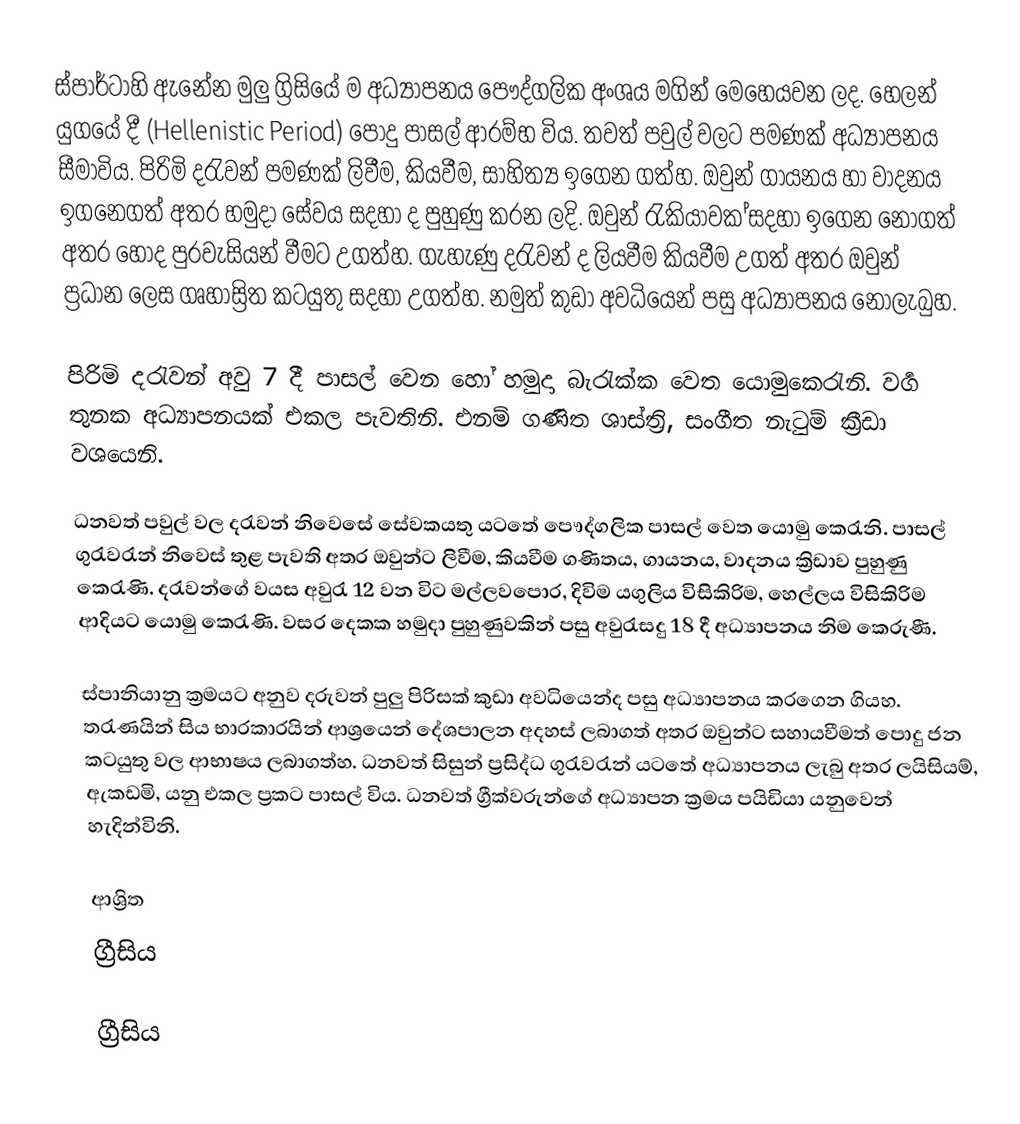
ස්පාර්ටාහි ඇනේන මුලු ග්‍රිසියේ ම අධ්‍යාපනය පෞද්ගලික අංශය මගින් මෙහෙයවන ලද. හෙලන් යුගයේ දී (Hellenistic Period) පොදු පාසල් ආරම්භ විය. තවත් පවුල් වලට පමණක් අධ්‍යාපනය සීමාවිය. පිරිමි දරැවන් පමණක් ලිවීම, කියවීම, සාහිත්‍ය ඉගෙන ගත්හ.  ඔවුන් ගායනය හා වාදනය ඉගනෙගත් අතර හමුදා සේවය සදහා ද පුහුණු කරන ලදි. ඔවුන්  රැකියාවක ්සදහා ඉගෙන නොගත් අතර හොද පුරවැසියන් වීමට උගත්හ. ගැහැණු දරැවන් ද ලියවීම කියවීම උගත් අතර ඔවුන් ප්‍රධාන ලෙස ගෘහාස්‍රිත කටයුතු සදහා උගත්හ. නමුත් කුඩා අවධියෙන් පසු අධ්‍යාපනය  නොලැබුහ.

පිරිමි දරැවන් අවු 7 දී පාසල් වෙන හෝ හමුදා බැරැක්ක වෙත යොමුකෙරැනි. වර්‍ග තුනක අධ්‍යාපනයක් එකල පැවතිනි.  එනම් ගණිත ශාස්ත්‍රි, සංගීත නැටුම් ක්‍රීඩා වශයෙනි.

ධනවත් පවුල් වල දරැවන් නිවෙසේ සේවකයතු යටතේ පෞද්ගලික පාසල් වෙත යොමු කෙරැනි. පාසල් ගුරැවරැන් නිවෙස් තුළ පැවති අතර ඔවුන්ට ලිවීම, කියවීම ගණිතය, ගායනය, වාදනය ක්‍රිඩාව පුහුණු කෙරැණි. දරැවන්ගේ වයස අවුරැ 12 වන විට මල්ලවපොර, දිවිම යගුලිය විසිකිරිම, හෙල්ලය විසිකිරිම ආදියට යොමු කෙරැණි. වසර දෙකක හමුදා පුහුණුවකින් පසු අවුරැසදු 18 දී අධ්‍යාපනය නිම කෙරුණී.

ස්පානියානු ක්‍රමයට අනුව දරුවන් පුලු පිරිසක් කුඩා අවධියෙන්ද පසු අධ්‍යාපනය කරගෙන ගියහ. තරැණයින් සිය භාරකාරයින් ආශ්‍රයෙන් දේශපාලන අදහස් ලබාගත් අතර ඔවුන්ට සහායවීමත් පොදු ජන  කටයුතු වල ආභාෂය ලබාගත්හ. ධනවත් සිසුන් ප්‍රසිද්ධ ගුරැවරැන් යටතේ අධ්‍යාපනය ලැබු අතර  ලයිසියම්, ඇකඩමි, යනු එකල ප්‍රකට පාසල් විය. ධනවත් ග්‍රීක්වරුන්ගේ අධ්‍යාපන ක්‍රමය පයිඩියා යනුවෙන් හැදින්විනි.

ආශ්‍රිත
 ග්‍රීසිය

ග්‍රීසිය